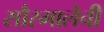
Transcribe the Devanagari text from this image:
सौरमालेची